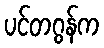
ပင်တဂွန်က